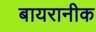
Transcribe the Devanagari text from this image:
बायरानीक